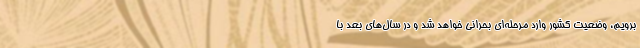
برویم، وضعیت کشور وارد مرحله‌ای بحرانی خواهد شد و در سال‌های بعد با